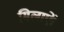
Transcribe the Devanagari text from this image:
मिलाऐं।